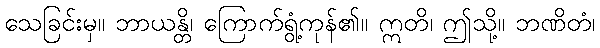
သေခြင်းမှ။ ဘာယန္တိ၊ ကြောက်ရွံ့ကုန်၏။ ဣတိ၊ ဤသို့။ ဘဏိတံ၊